Mental hospitals Bombay report 1929-33 - 1929-1933
Year: 1929
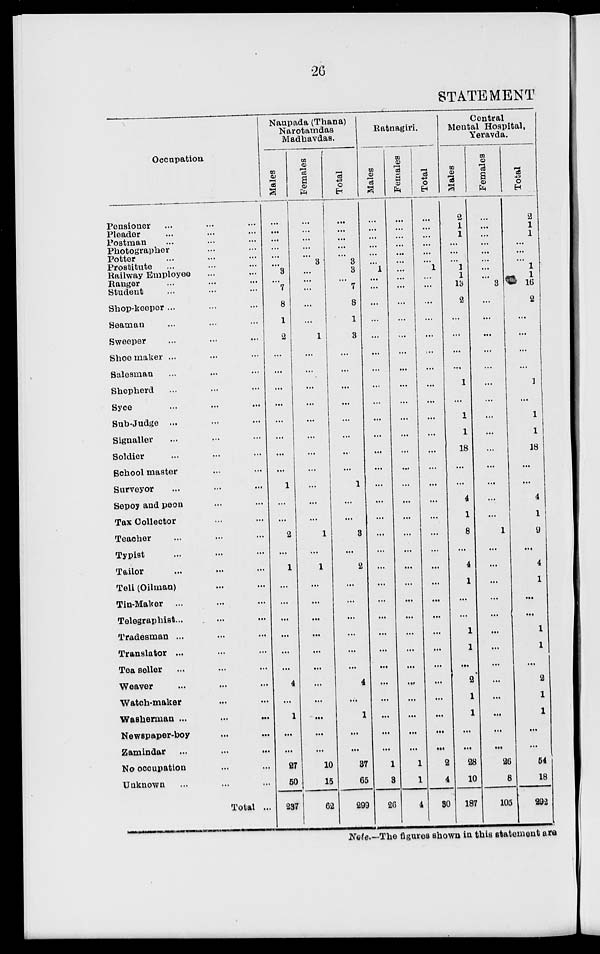
26
STATEMENT
Occupation
Pensioner ... ... ...
Pleader ... ... ...
Postman ... ... ...
Photographer ... ...
Potter ... ... ...
Prostitute ... ... ...
Railway Employee ... ...
Ranger ... ... ...
Student ... ... ...
Shop-keeper ... ... ...
Seaman ... ... ...
Sweeper ... ... ...
Shoemaker ... ... ...
Salesman ... ... ...
Shepherd ... ... ...
Syce ... ... ...
Sub-Judge ... ... ...
Signaller ... ... ...
Soldier ... ... ...
School master ... ...
Surveyor ... ... ...
Sepoy and peon ... ...
Tax Collector ... ...
Teacher ... ... ...
Typist ... ... ...
Tailor ... ... ...
Teli (Oilman) ... ...
Tin-Maker ... ... ...
Telegraphist ... ... ...
Tradesman ... ... ...
Translator ... ... ...
Teaseller ... ... ...
Weaver ... ... ...
Watch-maker ... ...
Washerman
...
...
...
Newspaper-boy ... ...
Zamindar ... ... ...
No occupation ... ...
Unknown ... ... ...
Total ...
Naupada (Thana)
Narotamdas
Madhavdas.
Males
...
...
...
...
...
...
3
...
7
8
1
2
...
...
...
...
...
...
...
...
1
...
...
2
...
1
...
...
...
...
...
...
4
...
1
...
...
27
50
237
Females
...
...
...
...
...
3
...
...
...
...
...
1
...
...
...
...
...
...
...
...
...
...
...
1
...
1
...
...
...
...
...
...
...
...
...
...
...
10
15
62
Total
...
...
...
...
...
3
3
...
7
8
1
3
...
...
...
...
...
...
...
...
1
...
...
3
...
2
...
...
...
...
...
...
4
...
1
...
...
37
65
299
Ratnagiri.
Males
...
...
...
...
...
...
1
...
...
...
...
...
...
...
...
...
...
...
...
...
...
...
...
...
...
...
...
...
...
...
...
...
...
...
...
...
...
1
3
26
Females
...
...
...
...
...
...
...
...
...
...
...
...
...
...
...
...
...
...
...
...
...
...
...
...
...
...
...
...
...
...
...
...
...
...
...
...
...
1
1
4
Total
...
...
...
...
...
...
1
...
...
...
...
...
...
...
...
...
...
...
...
...
...
...
...
...
...
...
...
...
...
...
...
...
...
...
...
...
...
2
4
30
Central
Mental Hospital,
Yeravda.
Males
2
1
1
...
...
...
1
1
13
2
...
...
...
...
1
...
1
1
18
...
...
4
1
8
...
4
1
...
...
1
1
...
2
1
1
...
...
28
10
187
Females
...
...
...
...
...
...
...
...
3
...
...
...
...
...
...
...
...
...
...
...
...
...
...
1
...
...
...
...
...
...
...
...
...
...
...
...
...
26
6
105
Total
2
1
1
...
...
...
1
1
16
2
...
...
...
...
1
...
1
1
18
...
...
4
1
9
...
4
1
...
...
1
1
...
2
1
1
...
...
54
18
292
Note.—The figures shown in this statement are